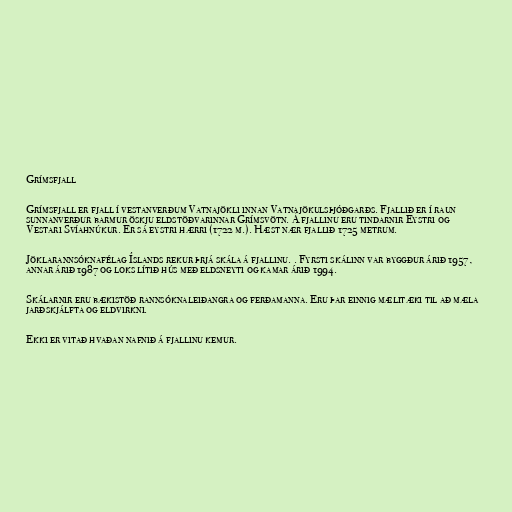
Grímsfjall

Grímsfjall er fjall í vestanverðum Vatnajökli innan Vatnajökulsþjóðgarðs. Fjallið er í raun
sunnanverður barmur öskju eldstöðvarinnar Grímsvötn. Á fjallinu eru tindarnir Eystri og
Vestari Svíahnúkur. Er sá eystri hærri (1722 m.). Hæst nær fjallið 1725 metrum.

Jöklarannsóknafélag Íslands rekur þrjá skála á fjallinu. . Fyrsti skálinn var byggður árið 1957,
annar árið 1987 og loks lítið hús með eldsneyti og kamar árið 1994.

Skálarnir eru bækistöð rannsóknaleiðangra og ferðamanna. Eru þar einnig mælitæki til að mæla
jarðskjálfta og eldvirkni.

Ekki er vitað hvaðan nafnið á fjallinu kemur.